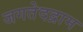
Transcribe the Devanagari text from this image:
जगतेदद्राम